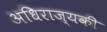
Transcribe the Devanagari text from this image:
अधिराज्यकी